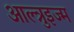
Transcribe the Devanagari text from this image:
आल्त्रुइज्म